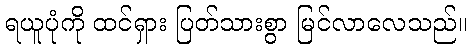
ရယူပုံကို ထင်ရှား ပြတ်သားစွာ မြင်လာလေသည်။